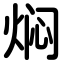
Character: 焖